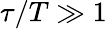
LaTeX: \tau/T\gg 1